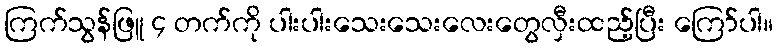
ကြက်သွန်ဖြူ ၄ တက်ကို ပါးပါးသေးသေးလေးတွေလှီးထည့်ပြီး ကြော်ပါ။